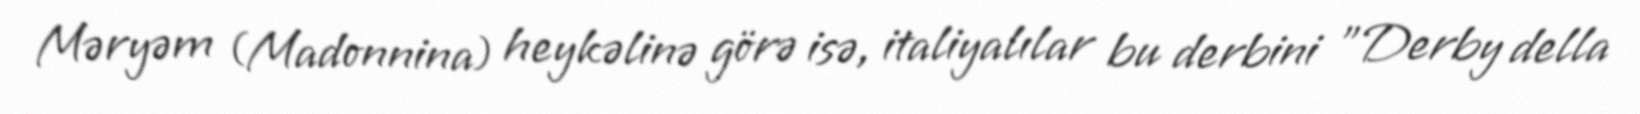
Məryəm (Madonnina) heykəlinə görə isə, italiyalılar bu derbini "Derby della